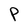
Character: P